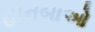
હાનબાઓ